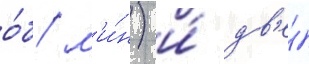
о́б/ м'и́н) и́ дв'е́